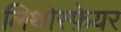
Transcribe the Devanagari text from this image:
लिथोस्फ़ेयर